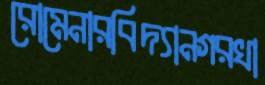
রোমেনারবিদ্যানগরখা